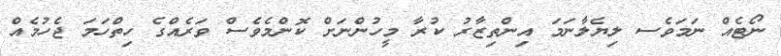
ނޯޓެއް ނަމަވެސ ލިޔެލާނަމަ އިންތިޒާރު ކުރާ މީހުންނަށް ކޮންމެވެސް ވަރެއްގެ ހިތްހަމަ ޖެހުމެއް